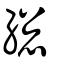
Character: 總